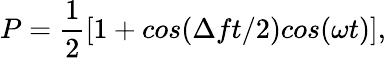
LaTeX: P=\frac{1}{2}[1+cos(\Delta ft/2)cos(\omega t)],